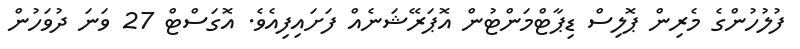
ފުލުހުންގެ މެރިން ޕޮލިސް ޑިޕާޓްމަންޓުން އޮޕަރޭޝަނެއް ފަށައިފިއެވެ. އޮގަސްޓް 27 ވަނަ ދުވަހުން